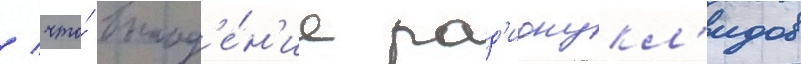
/ что́ выпад'е́н'ие рад'ионукл'идов